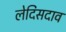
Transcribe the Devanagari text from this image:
लेदिसदाव